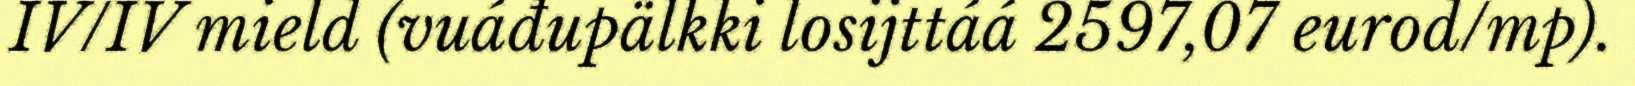
IV/IV mield (vuáđupälkki losijttáá 2597,07 eurod/mp).